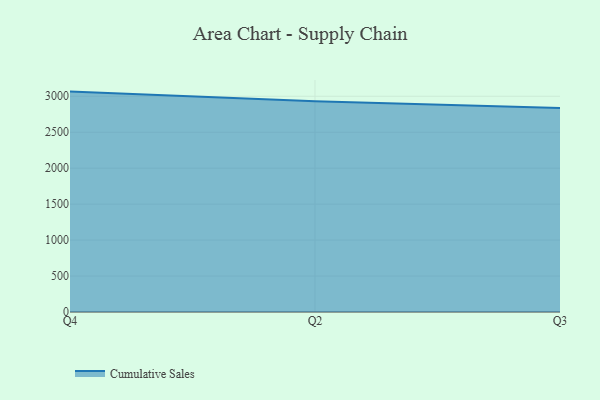
{"axis": {"x": "Quarter", "y": "Website Visitors"}, "legend": ["Cumulative Sales"], "data": [{"x": "Q4", "y": 3065.1, "type": "Cumulative Sales"}, {"x": "Q2", "y": 2931.6, "type": "Cumulative Sales"}, {"x": "Q3", "y": 2838.4, "type": "Cumulative Sales"}]}